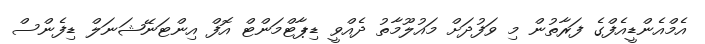
އެމްއެންޑީއެފްގެ ފަރާތުން މި ވަފުދަށް މައުލޫމާތު ދެއްވީ ޑިޕާޓްމަންޓް އޮފް އިންޓަނޭޝަނަލް ޑިފެންސް